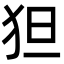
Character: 狚